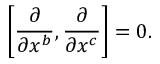
\left[ { \frac { \partial } { \partial x ^ { b } } } , { \frac { \partial } { \partial x ^ { c } } } \right] = 0 .